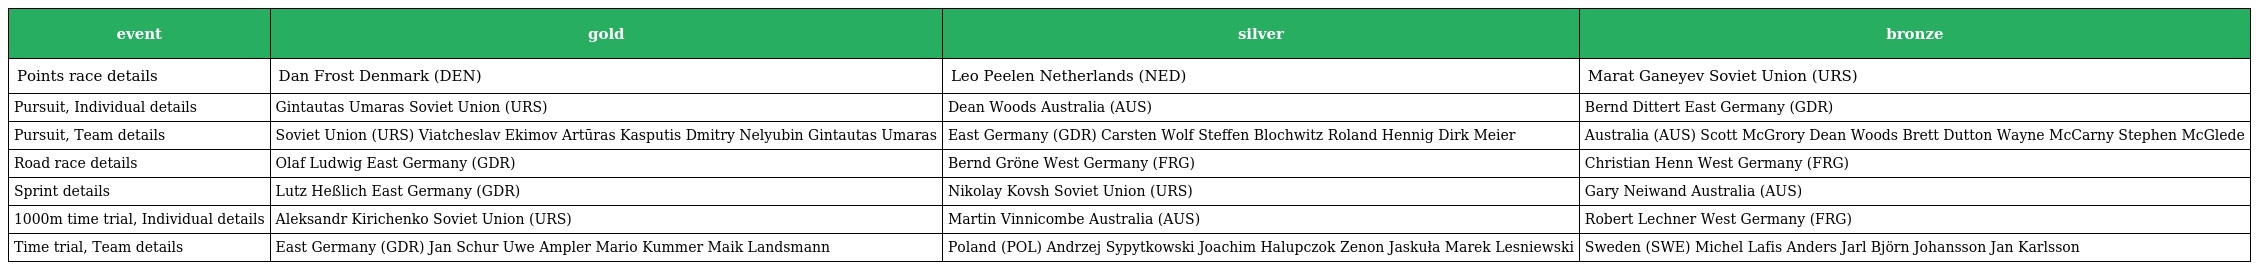
| event | gold | silver | bronze |
 | --- | --- | --- | --- |
 | Points race details | Dan Frost Denmark (DEN) | Leo Peelen Netherlands (NED) | Marat Ganeyev Soviet Union (URS) |
 | Pursuit, Individual details | Gintautas Umaras Soviet Union (URS) | Dean Woods Australia (AUS) | Bernd Dittert East Germany (GDR) |
 | Pursuit, Team details | Soviet Union (URS) Viatcheslav Ekimov Artūras Kasputis Dmitry Nelyubin Gintautas Umaras | East Germany (GDR) Carsten Wolf Steffen Blochwitz Roland Hennig Dirk Meier | Australia (AUS) Scott McGrory Dean Woods Brett Dutton Wayne McCarny Stephen McGlede |
 | Road race details | Olaf Ludwig East Germany (GDR) | Bernd Gröne West Germany (FRG) | Christian Henn West Germany (FRG) |
 | Sprint details | Lutz Heßlich East Germany (GDR) | Nikolay Kovsh Soviet Union (URS) | Gary Neiwand Australia (AUS) |
 | 1000m time trial, Individual details | Aleksandr Kirichenko Soviet Union (URS) | Martin Vinnicombe Australia (AUS) | Robert Lechner West Germany (FRG) |
 | Time trial, Team details | East Germany (GDR) Jan Schur Uwe Ampler Mario Kummer Maik Landsmann | Poland (POL) Andrzej Sypytkowski Joachim Halupczok Zenon Jaskuła Marek Lesniewski | Sweden (SWE) Michel Lafis Anders Jarl Björn Johansson Jan Karlsson |